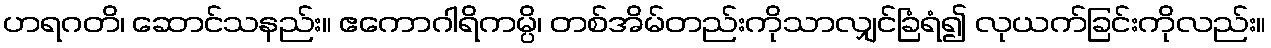
ဟရဂတိ၊ ဆောင်သနည်း။ ဧကောဂါရိကမ္ပိ၊ တစ်အိမ်တည်းကိုသာလျှင်ခြံရံ၍ လုယက်ခြင်းကိုလည်း။